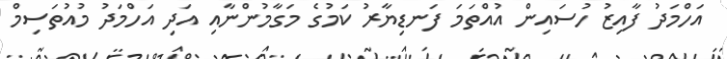
އަހްމަދު ފާއިޒު ހުސައިން އުއްތަމަ ފަނޑިޔާރު ކަމުގެ މަގާމުންނާއި އަދި އަހްމަދު މުއުތަސިމް